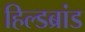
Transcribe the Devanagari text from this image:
हिल्डब्रांड